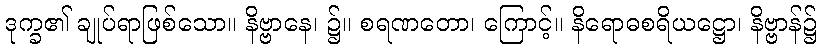
ဒုက္ခ၏ ချုပ်ရာဖြစ်သော။ နိဗ္ဗာနေ၊ ၌။ စရဏတော၊ ကြောင့်။ နိရောဓစရိယဋ္ဌော၊ နိဗ္ဗာန်၌